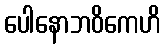
ပေါနောဘဝိကေဟိ